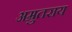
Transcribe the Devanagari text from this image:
अम्रुतराय